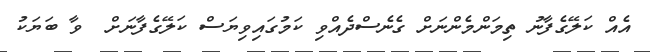
އެއް ކަލޭގެފާނު ތިމަންމެންނަށް ގެނެސްދެއްވި ކަމުގައިވިޔަސް ކަލޭގެފާނަށް  ވާ ބަޔަކު